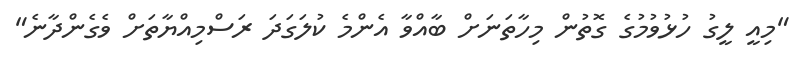
"މިއީ ލީގު ހުޅުވުމުގެ ގޮތުން މިހާތަނަށް ބާއްވާ އެންމެ ކުލަގަދަ ރަސްމިއްޔާތަށް ވެގެންދާނެ"